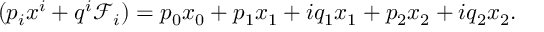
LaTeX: ( p _ { i } x ^ { i } + q ^ { i } \mathcal { F } _ { i } ) = p _ { 0 } x _ { 0 } + p _ { 1 } x _ { 1 } + i q _ { 1 } x _ { 1 } + p _ { 2 } x _ { 2 } + i q _ { 2 } x _ { 2 } .